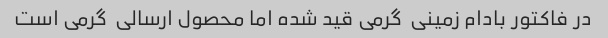
در فاکتور بادام زمینی  گرمی قید شده اما محصول ارسالی  گرمی است